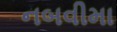
નબવીમા